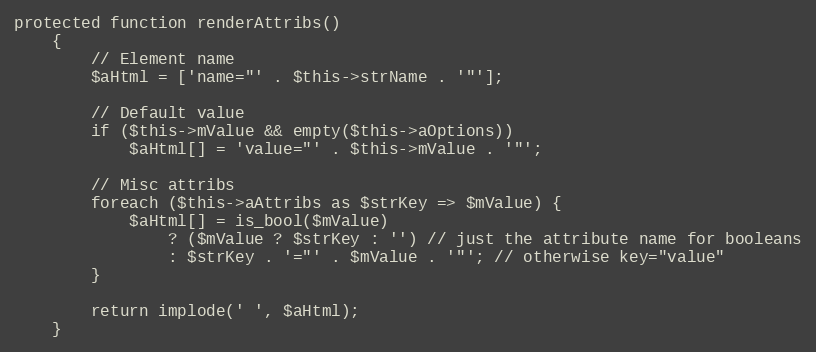
Language: PHP
protected function renderAttribs()
    {
        // Element name
        $aHtml = ['name="' . $this->strName . '"'];

        // Default value
        if ($this->mValue && empty($this->aOptions))
            $aHtml[] = 'value="' . $this->mValue . '"';

        // Misc attribs
        foreach ($this->aAttribs as $strKey => $mValue) {
            $aHtml[] = is_bool($mValue)
                ? ($mValue ? $strKey : '') // just the attribute name for booleans
                : $strKey . '="' . $mValue . '"'; // otherwise key="value"
        }

        return implode(' ', $aHtml);
    }